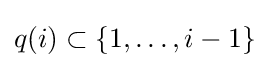
q(i)\subset \left\{1,\dots ,i-1\right\}